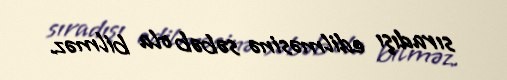
sıradışı edilməsinə səbəb ola bilməz.